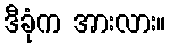
ဒီခုံက အားလား။